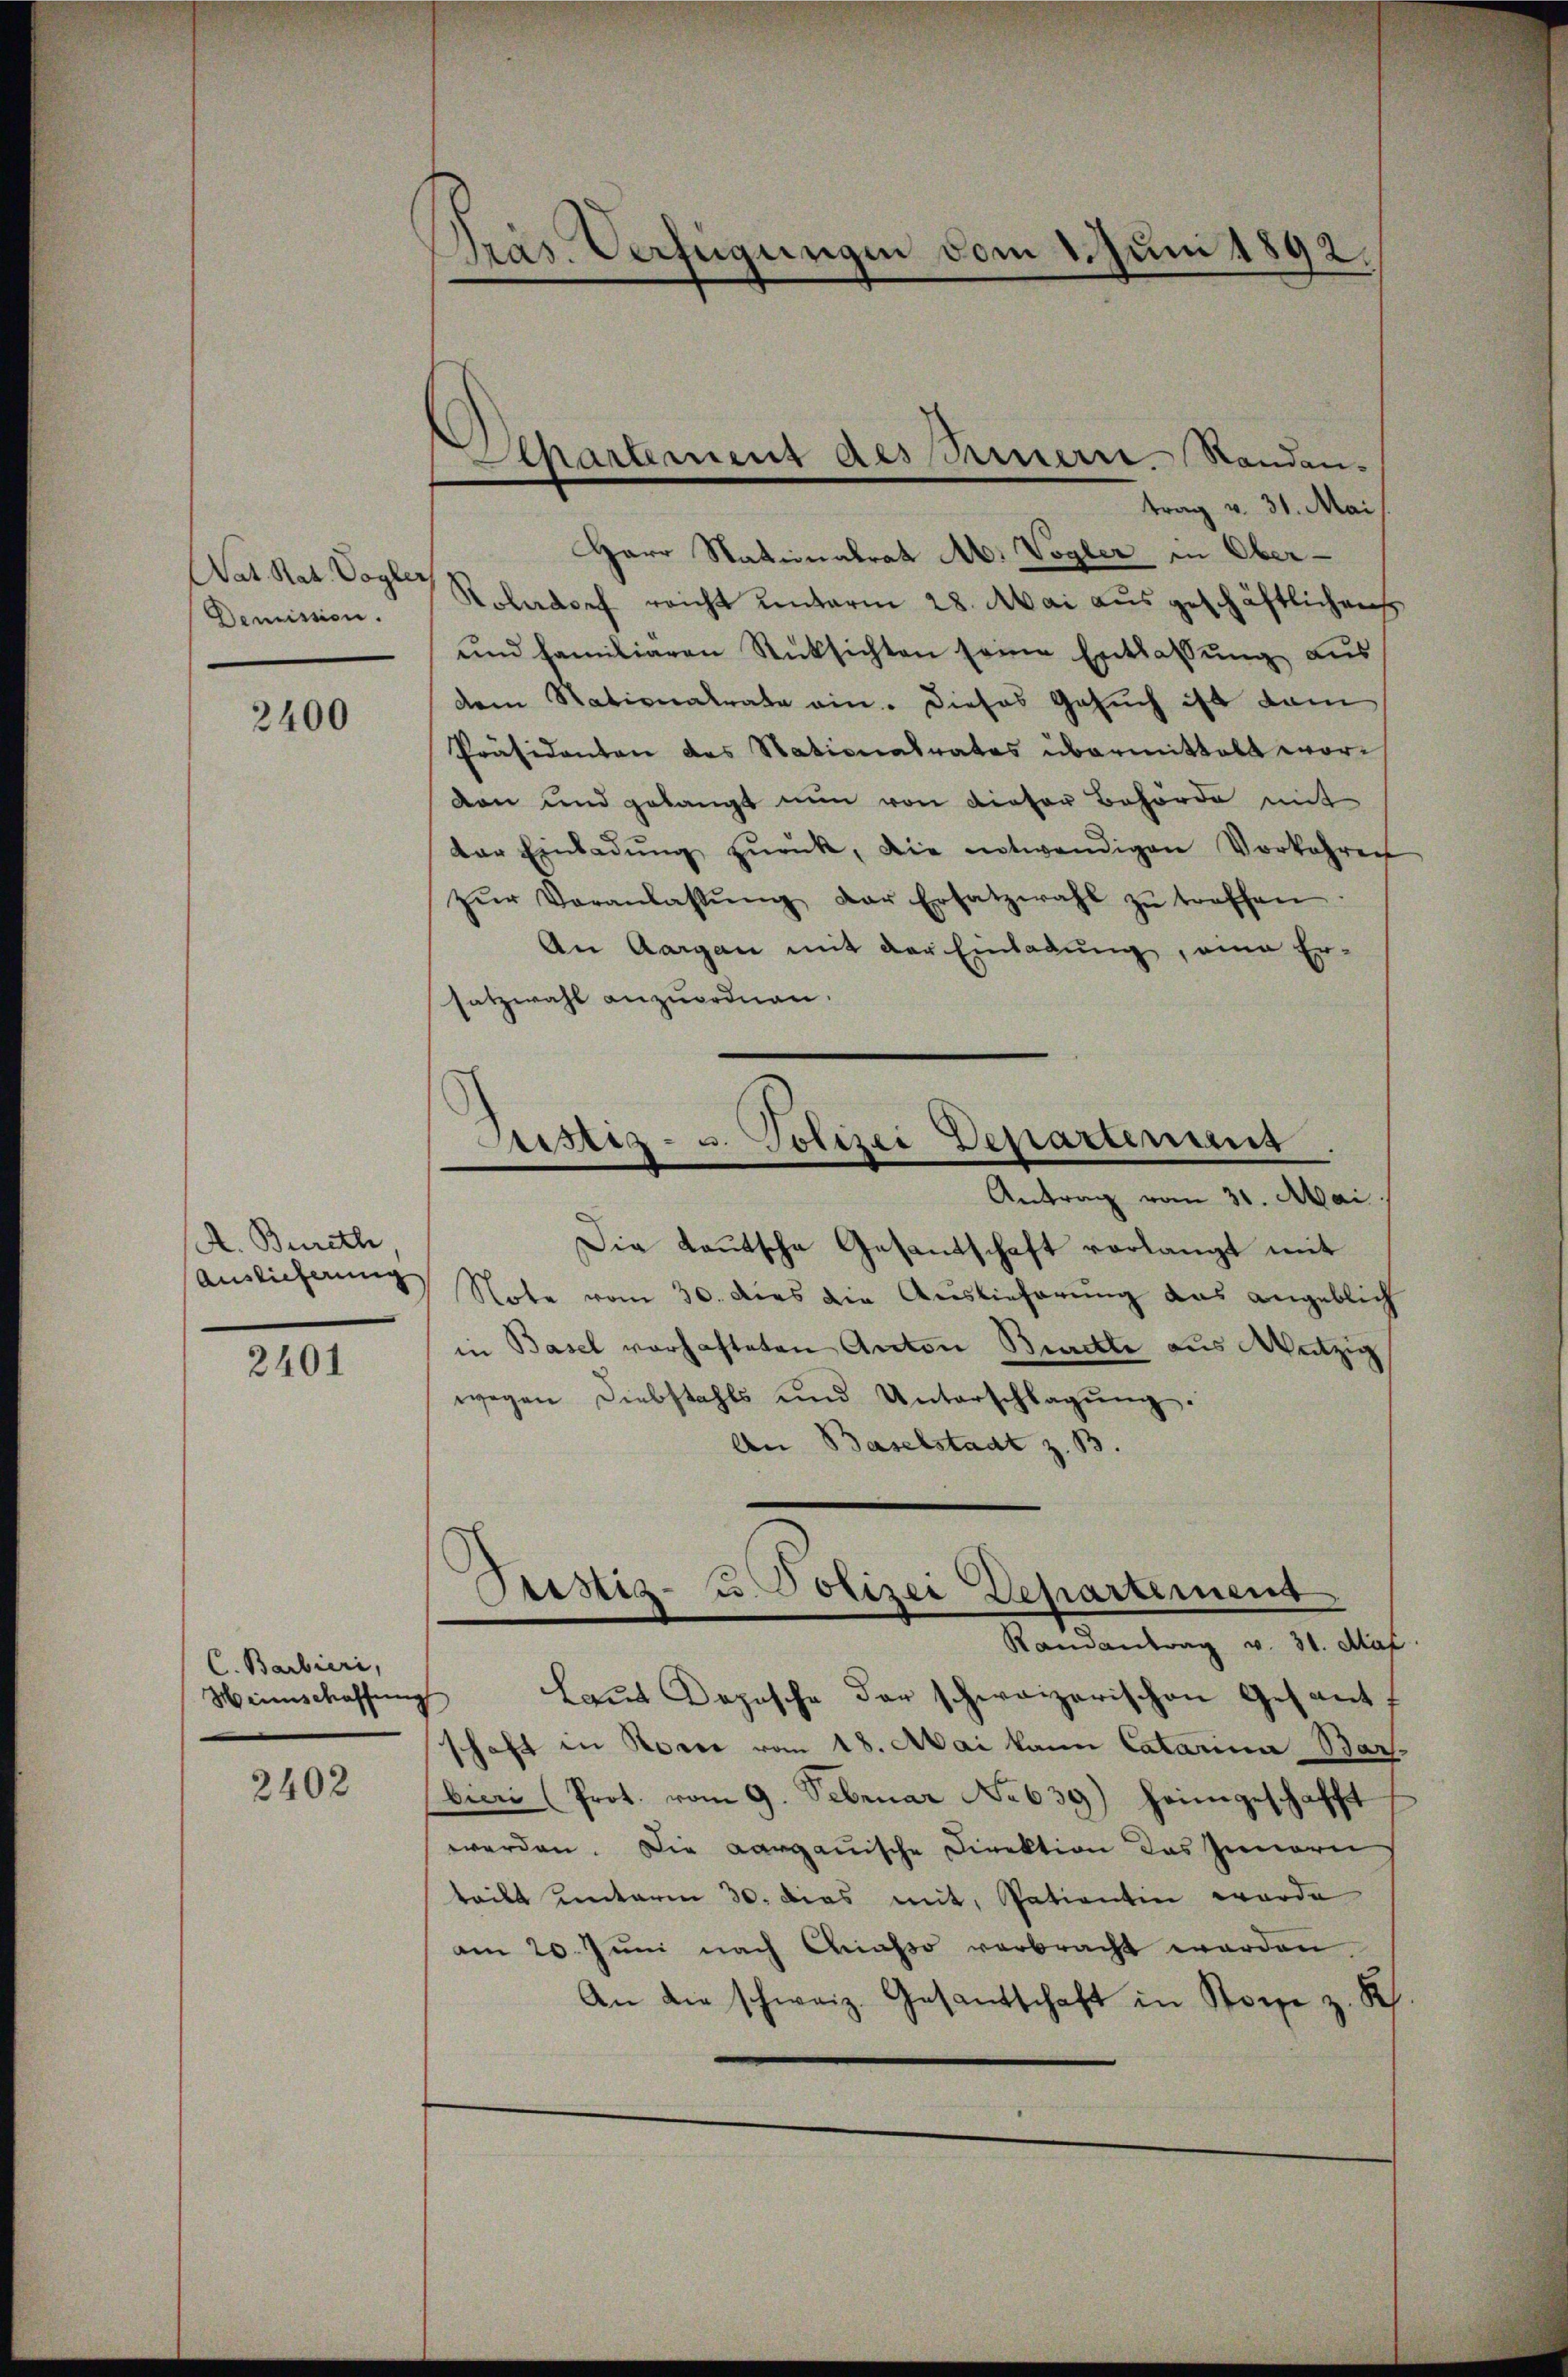
Nat. Rat. Vogle
Demission.

2400

A. Bureth
Auslieferung

2401

C. Barbieri,
Heimschaffung

2402

Präs. Verfügungen vom 1. Juni 1892.

Departement des Innern. Standen-

trag v. 31. Mai
Herr Nationalrat Ab. Vogler in Ober¬
Koberdorf reicht unterm 28. Mai ausgeschäftlichen
und familiaren Rüksichten seine Entlassŭng aus
dem Nationalrate ein. Dieses Gesuch ist dam
Präsidenten des Stationalrates übermittelt worvon und gelangt nun von dieser Behörde mit
der Einladŭng zŭrück, die notwendigen Vorkehren
zŭr Veranlassŭng der Ersatzwahl zŭ treffen
An Aargau mit der Einladŭng, eine Er-
satzwahl anzuordnen.
Antrag vom 31. Mai.
Die Lautscha Gesantschaft vorlangt mit
Note vom 30. dies die Auslieferung das angeblich
in Basel vorhafteten Anton Burckte aus Wetzig
wegen Diebstahls und Unterschlagŭng.
An Baselstadt z. B.
Randantrag v. 31. Max
Laut Depesche der schweizerischen Gesant
schaft in Rover vom 18. Mai kann Catarina Bar-
bieri (Prot. vom 9. Februar No 639) heimgeschafft
werden. Die aargauische Direktion das Innern
teilt unterm 30. Dies mit, pationtin werde
am 20. Jŭni nach Chiasso verbracht werden.
An die schweiz. Gesandschaft in Rosse z. K

Aristiz- u. Polizei Departenus.

Justiz- u. Polizei Departement